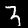
Digit: 3